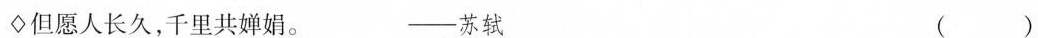
\diamondsuit 但愿人长久，千里共婵娟。 ——苏轼 ()